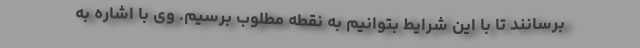
برسانند تا با این شرایط بتوانیم به نقطه مطلوب برسیم. وی با اشاره به